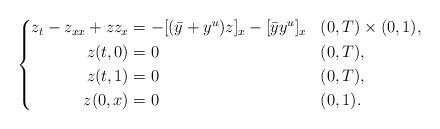
LaTeX: \begin{align*} \left\{ \begin{aligned} z_t - z_{xx} + z z_x & = - [(\bar{y}+y^u)z]_x - [\bar{y}y^u]_x && (0,T) \times (0,1), \\ z(t,0) &= 0 && (0,T), \\ z(t,1) &= 0 && (0,T), \\ z(0,x) &= 0 && (0,1). \end{aligned} \right.\end{align*}